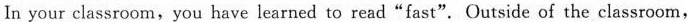
In your classroom,you have learned to read"fast". Outside of the classroom,